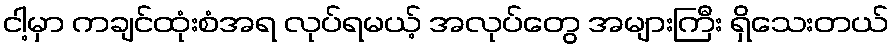
ငါ့မှာ ကချင်ထုံးစံအရ လုပ်ရမယ့် အလုပ်တွေ အများကြီး ရှိသေးတယ်